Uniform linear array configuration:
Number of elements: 4
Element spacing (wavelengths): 0.25
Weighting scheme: cosine
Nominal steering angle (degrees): -30
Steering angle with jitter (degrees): -28.516
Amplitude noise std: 0.05
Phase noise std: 0.05

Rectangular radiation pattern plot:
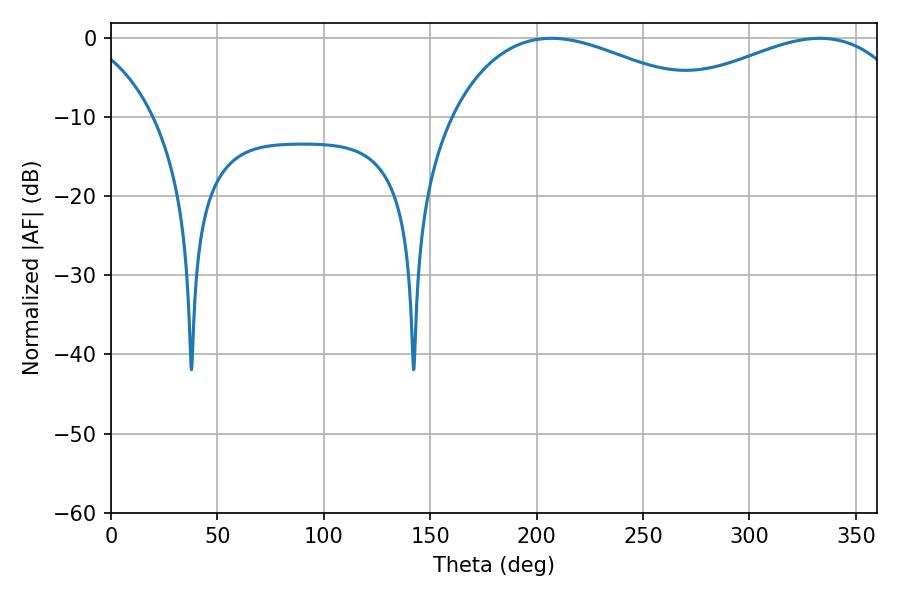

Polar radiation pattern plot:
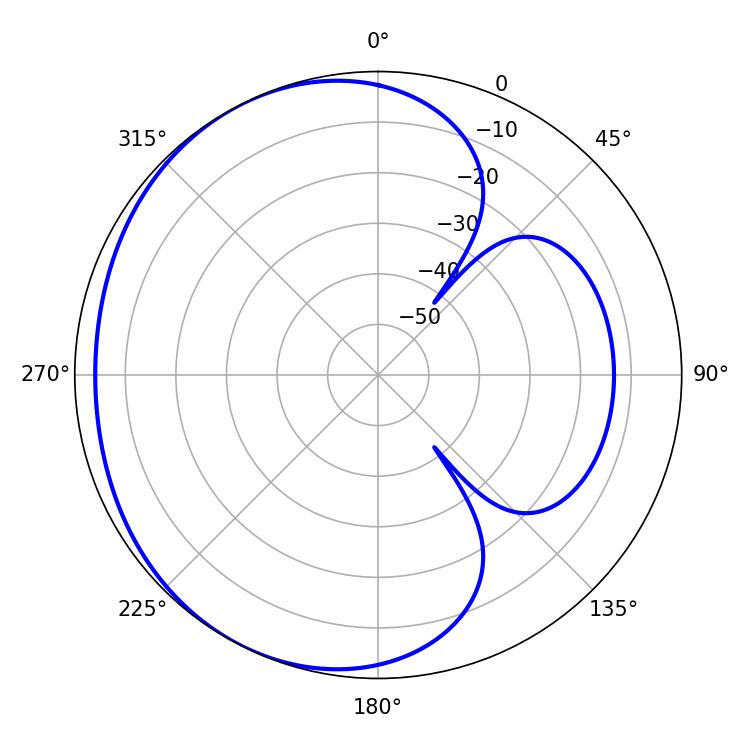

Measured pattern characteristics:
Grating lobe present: FALSE
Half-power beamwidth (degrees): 69.66
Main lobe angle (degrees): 207